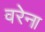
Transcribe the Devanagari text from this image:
वरेना